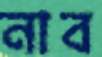
নাব